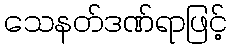
သေနတ်ဒဏ်ရာဖြင့်